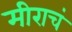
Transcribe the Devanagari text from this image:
मीराचं